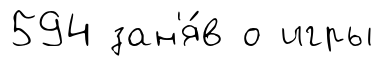
594 зан'я́в о игры